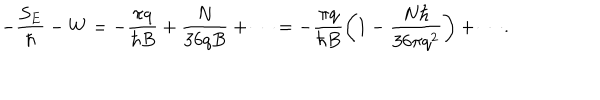
- \frac { S _ { E } } { \hbar } - W = - \frac { \pi q } { \hbar B } + \frac { N } { 3 6 q B } + \cdots = - \frac { \pi q } { \hbar B } \biggl ( 1 - \frac { N \hbar } { 3 6 \pi q ^ { 2 } } \biggr ) + \cdots .